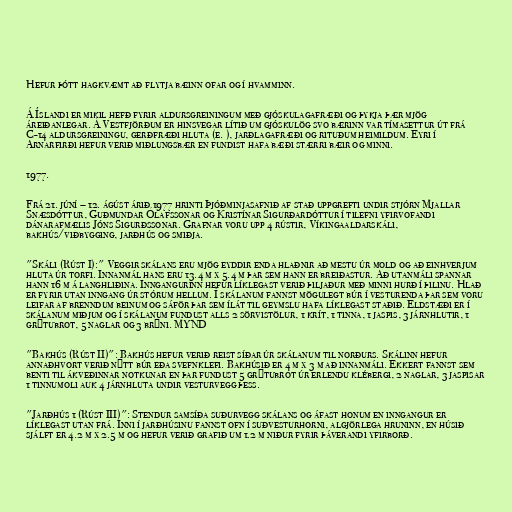
Hefur þótt hagkvæmt að flytja bæinn ofar og í hvamminn.

Á Íslandi er mikil hefð fyrir aldursgreiningum með gjóskulagafræði og þykja þær mjög
áreiðanlegar. Á Vestfjörðum er hinsvegar lítið um gjóskulög svo bærinn var tímasettur út frá
C-14 aldursgreiningu, gerðfræði hluta (e. ), jarðlagafræði og rituðum heimildum. Eyri í
Arnarfirði hefur verið miðlungsbær en fundist hafa bæði stærri bæir og minni.

1977.

Frá 21. júní – 12. ágúst árið 1977 hrinti Þjóðminjasafnið af stað uppgrefti undir stjórn Mjallar
Snæsdóttur, Guðmundar Ólafssonar og Kristínar Sigurðardóttur í tilefni yfirvofandi
dánarafmælis Jóns Sigurðssonar. Grafnar voru upp 4 rústir, Víkingaaldarskáli,
bakhús/viðbygging, jarðhús og smiðja.

"Skáli (Rúst I):" Veggir skálans eru mjög eyddir enda hlaðnir að mestu úr mold og að einhverjum
hluta úr torfi. Innanmál hans eru 13.4 m x 5.4 m þar sem hann er breiðastur. Að utanmáli spannar
hann 16 m á langhliðina. Inngangurinn hefur líklegast verið þiljaður með minni hurð í þilinu. Hlað
er fyrir utan inngang úr stórum hellum. Í skálanum fannst mögulegt búr í vesturenda þar sem voru
leifar af brenndum beinum og sáför þar sem ílát til geymslu hafa líklegast staðið. Eldstæði er í
skálanum miðjum og í skálanum fundust alls 2 sörvistölur, 1 krít, 1 tinna, 1 jaspis, 3 járnhlutir, 1
grýtubrot, 5 naglar og 3 brýni. MYND

"Bakhús (Rúst II)": Bakhús hefur verið reist síðar úr skálanum til norðurs. Skálinn hefur
annaðhvort verið nýtt búr eða svefnklefi. Bakhúsið er 4 m x 3 m að innanmáli. Ekkert fannst sem
benti til ákveðinnar notkunar en þar fundust 5 grýtubrot úr erlendu klébergi, 2 naglar, 3 jaspisar
1 tinnumoli auk 4 járnhluta undir vesturvegg þess.

"Jarðhús 1 (Rúst III)": Stendur samsíða suðurvegg skálans og áfast honum en inngangur er
líklegast utan frá. Inni í jarðhúsinu fannst ofn í suðvesturhorni, algjörlega hruninn, en húsið
sjálft er 4.2 m x 2.5 m og hefur verið grafið um 1.2 m niður fyrir þáverandi yfirborð.